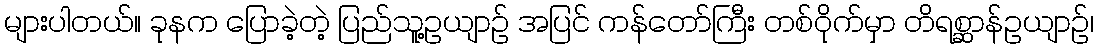
များပါတယ်။ ခုနက ပြောခဲ့တဲ့ ပြည်သူ့ဥယျာဉ် အပြင် ကန်တော်ကြီး တစ်ဝိုက်မှာ တိရစ္ဆာန်ဥယျာဉ်၊